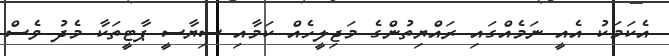
އެކަމަކު އެއީ ނަމެއްގައި ރައްޔިތުންގެ މަޖިލީހެއް ކަމާއި ސިޔާސީ ޕާޓީތަކާ މެދު ވެސް